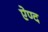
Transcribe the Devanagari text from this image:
ऐण्द